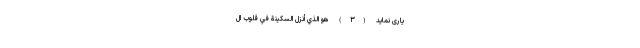
يارى نمايد (۳) هُوَ الَّذِي أَنْزَلَ السَّكِينَةَ فِي قُلُوبِ الْ